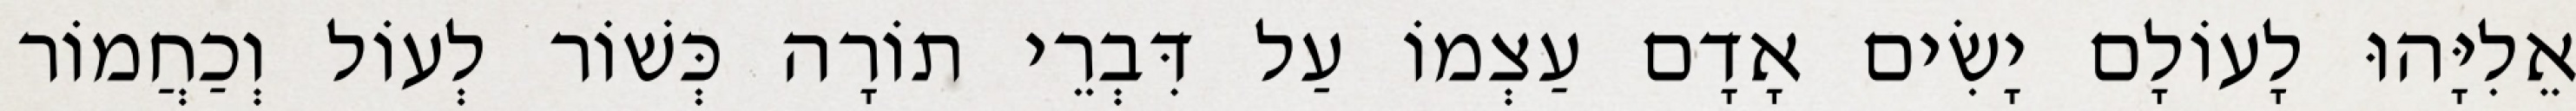
אֵלִיָּהוּ לָעוֹלָם יָשִׂים אָדָם עַצְמוֹ עַל דִּבְרֵי תוֹרָה כְּשׁוֹר לְעוֹל וְכַחֲמוֹר